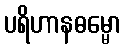
ပရိဟာနဓမ္မော